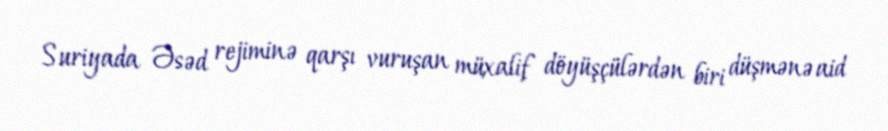
Suriyada Əsəd rejiminə qarşı vuruşan müxalif döyüşçülərdən biri düşmənə aid